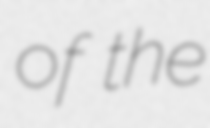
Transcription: of the